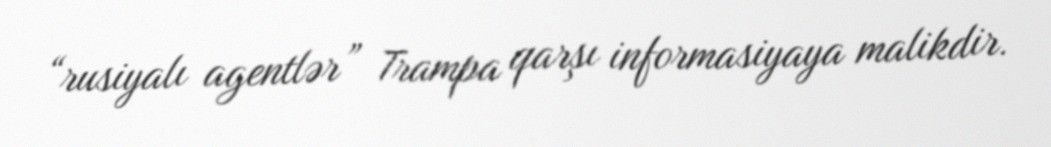
“rusiyalı agentlər” Trampa qarşı informasiyaya malikdir.